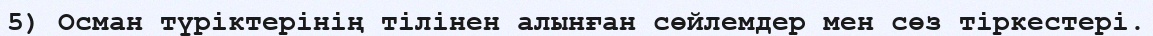
5) Осман түріктерінің тілінен алынған сөйлемдер мен сөз тіркестері.